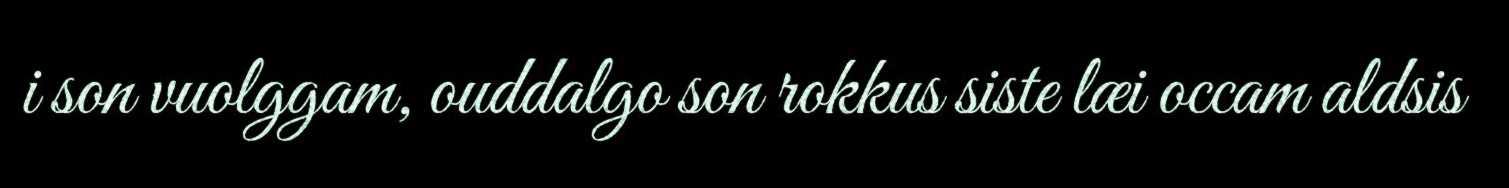
i son vuolggam, ouddalgo son rokkus siste læi occam aldsis